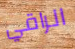
الراقي